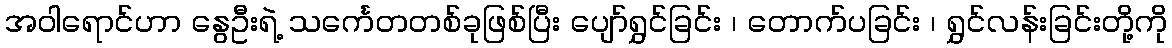
အဝါရောင်ဟာ နွေဦးရဲ့ သင်္ကေတတစ်ခုဖြစ်ပြီး ပျော်ရွှင်ခြင်း ၊ တောက်ပခြင်း ၊ ရွှင်လန်းခြင်းတို့ကို